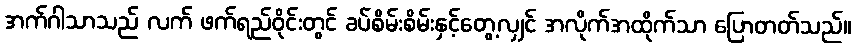
အက်ဂါသာသည် လက် ဖက်ရည်ဝိုင်းတွင် ခပ်စိမ်းစိမ်းနှင့်တွေ့လျှင် အလိုက်အထိုက်သာ ပြောတတ်သည်။